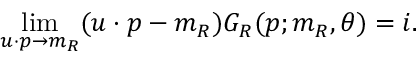
\operatorname * { l i m } _ { u \cdot p \to m _ { R } } ( u \cdot p - m _ { R } ) G _ { R } ( p ; m _ { R } , \theta ) = i .